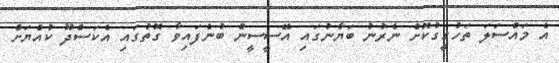
އެ މައްސަލަ ތަހުގީގުކޮށް ނެރުނު ބަޔާނުގައި އޭސީސީން ބުނެފައިވާ ގޮތުގައި އެކަސްދޫ ކުއްޔަށް